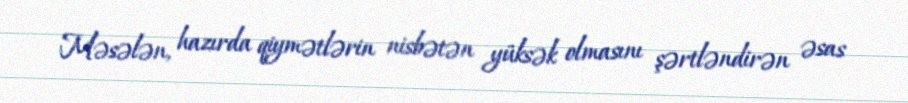
Məsələn, hazırda qiymətlərin nisbətən yüksək olmasını şərtləndirən əsas